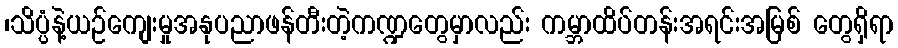
၊သိပ္ပံနဲ့ယဉ်ကျေးမှုအနုပညာဖန်တီးတဲ့ကဏ္ဍတွေမှာလည်း ကမ္ဘာထိပ်တန်းအရင်းအမြစ် တွေရှိရာ